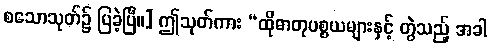
စသောသုတ်၌ ပြခဲ့ပြီ။] ဤသုတ်ကား “ထိုဓာတုပစ္စယများနှင့် တွဲသည့် အခါ